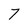
Character: 7